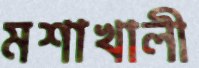
মশাখালী